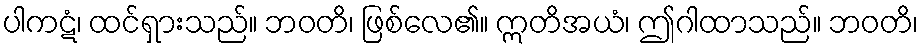
ပါကဋံ၊ ထင်ရှားသည်။ ဘဝတိ၊ ဖြစ်လေ၏။ ဣတိအယံ၊ ဤဂါထာသည်။ ဘဝတိ၊